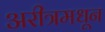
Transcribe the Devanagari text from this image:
अरीत्रमधून